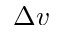
\Delta v